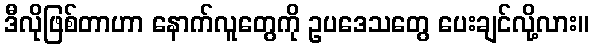
ဒီလိုဖြစ်တာဟာ နောက်လူတွေကို ဥပဒေသတွေ ပေးချင်လို့လား။